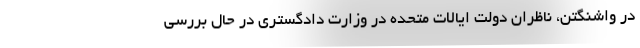
در واشنگتن، ناظران دولت ایالات متحده در وزارت دادگستری در حال بررسی